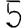
Digit: 5